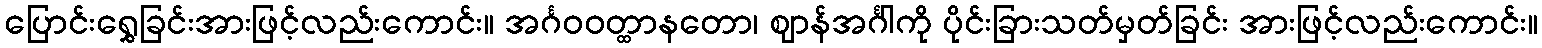
ပြောင်းရွှေခြင်းအားဖြင့်လည်းကောင်း။ အင်္ဂဝဝတ္ထာနတော၊ ဈာန်အင်္ဂါကို ပိုင်းခြားသတ်မှတ်ခြင်း အားဖြင့်လည်းကောင်း။